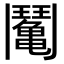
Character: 𩰘